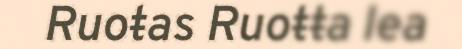
Ruoŧas Ruoŧŧa lea